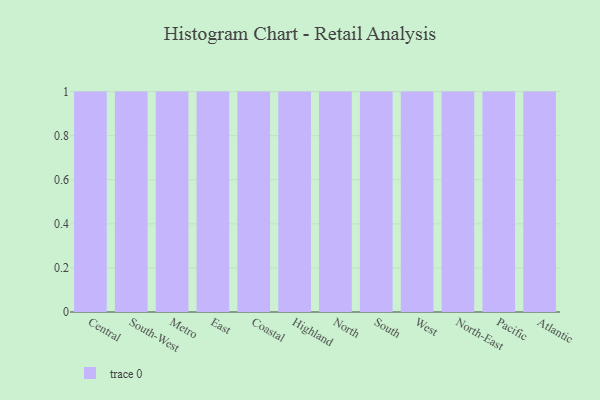
{"axis": {"x": "Region", "y": "Customer Acquisition Cost (USD)"}, "legend": [""], "data": [{"x": "Central", "y": 51, "type": ""}, {"x": "South-West", "y": 2, "type": ""}, {"x": "Metro", "y": 29, "type": ""}, {"x": "East", "y": 66, "type": ""}, {"x": "Coastal", "y": 33, "type": ""}, {"x": "Highland", "y": 1, "type": ""}, {"x": "North", "y": 44, "type": ""}, {"x": "South", "y": 39, "type": ""}, {"x": "West", "y": 5, "type": ""}, {"x": "North-East", "y": 84, "type": ""}, {"x": "Pacific", "y": 92, "type": ""}, {"x": "Atlantic", "y": 2, "type": ""}]}